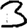
Digit: 3